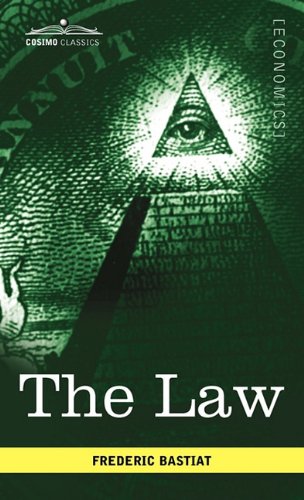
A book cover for The Law; Frederic Bastiat; Law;